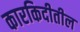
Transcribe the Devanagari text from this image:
कारकिदीतील